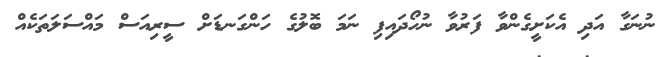
ނުނަގާ އަދި އެކަށީގެންވާ ފަރުވާ ނުހޯދައިފި ނަމަ ބޮލުގެ ހަންގަނޑަށް ސީރިއަސް މައްސަލަތަކެއް